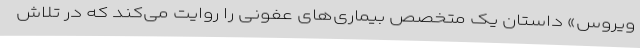
ویروس» داستان یک متخصص بیماری‌های عفونی را روایت می‌کند که در تلاش